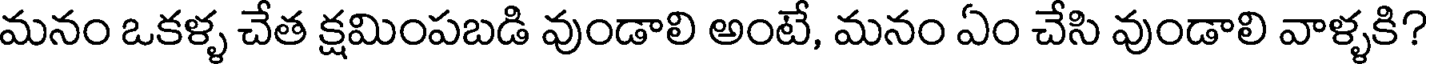
మనం ఒకళ్ళ చేత క్షమింపబడి వుండాలి అంటే, మనం ఏం చేసి వుండాలి వాళ్ళకి?